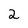
Character: 2